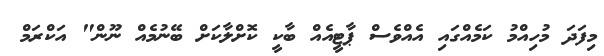
މިފަދަ މުހިއްމު ކަމެއްގައި އެއްވެސް ޕާޓީއެއް ބާކީ ކޮށްލާކަށް ބޭނުމެއް ނޫން" އަކްރަމް